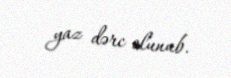
yaz dərc olunub.